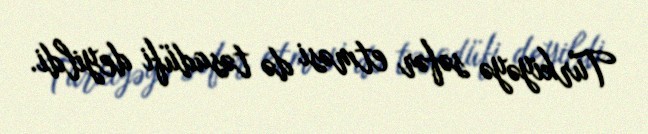
Türkiyəyə səfər etməsi də təsadüfi deyildi.